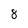
Character: 8